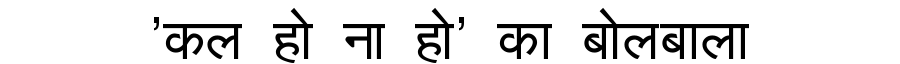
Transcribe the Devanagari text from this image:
'कल हो ना हो' का बोलबाला